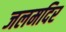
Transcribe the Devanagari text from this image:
जलमदिर